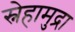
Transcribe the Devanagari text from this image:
स्नेहामुद्रा